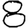
Digit: 8